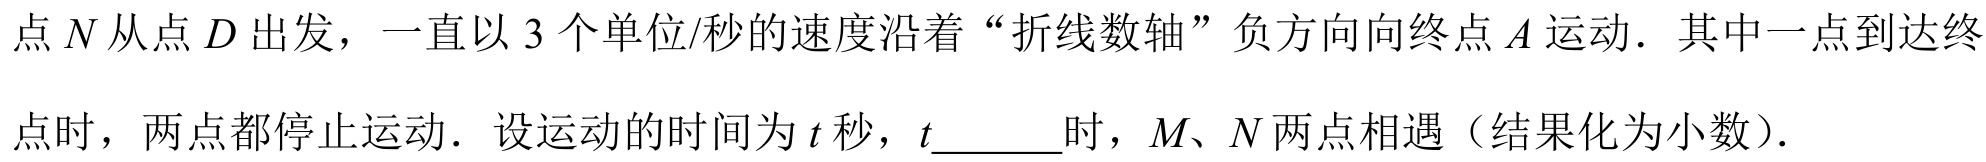
点 \(N\) 从点 \(D\) 出发，一直以 \(3\) 个单位/秒的速度沿着“折线数轴”负方向向终点 \(A\) 运动．其中一点到达终
点时，两点都停止运动．设运动的时间为 \(t\) 秒，\(t\underline{\quad\quad}\)时，\(M、N\) 两点相遇（结果化为小数）.